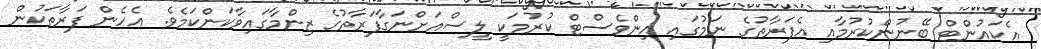
އެކައުންޓް ބޭނުންކުރުމާއި އެފަރާތުގެ ނަމުގައި އިންވެސްޓް ކުރުމަކީ ލީސްއަށްނަގާފަރާތުގެ ޒިންމާގައިވާކަންކަމެވެ. އެހެން ފަރާތަކުން